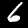
Label: 6